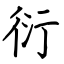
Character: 衍